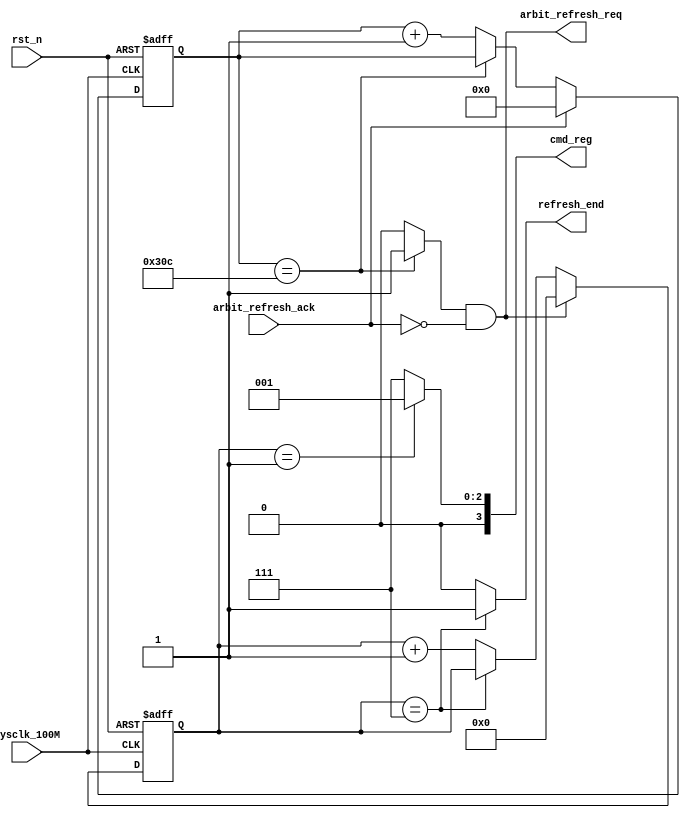
// ====================================================
// 
// designer:        yang shjiang
// description:     sdram refresh module
// 
// ====================================================


module SDRAM_refresh (
    // system signal 
    input                       sysclk_100M         ,        // note: ~sdram_clk
    input                       rst_n               ,
    // sdram
    output          [ 3:0]      cmd_reg             ,
    // arbit
    input                       arbit_refresh_ack   ,
    output                      arbit_refresh_req   ,
    output                      refresh_end      
);

// ===================================================\
// *********** define params and signals **********
// ===================================================/
localparam          CNT_7800ns  =   780         ;
localparam          CNT_70ns    =   7           ;

localparam              NOP         =   4'b0111 ;
localparam              REFRESH     =   4'b0001 ;


reg     [12:0]      cnt_refresh                 ;
reg     [ 3:0]      cnt_cmd                     ;
wire                time2refresh                ;

// ===================================================\
// ****************** main code *******************
// ===================================================/

// cnt_refresh
always @(posedge sysclk_100M or negedge rst_n) begin
    if (rst_n == 1'b0)
        cnt_refresh <= 13'd0;
    else if (arbit_refresh_ack == 1'b1)
        cnt_refresh <= 13'd0;
    else if (cnt_refresh == CNT_7800ns)
        cnt_refresh <= cnt_refresh;
    else
        cnt_refresh <= cnt_refresh + 13'd1;
end

// arbit_refresh_req
assign time2refresh         = (cnt_refresh == CNT_7800ns) ? 1'b1 : 1'b0;
assign arbit_refresh_req    = time2refresh & (~arbit_refresh_ack);

// cnt_cmd
always @(posedge sysclk_100M or negedge rst_n) begin
    if (rst_n == 1'b0)
        cnt_cmd <= 4'd0;
    else if (arbit_refresh_req == 1'b1)
        cnt_cmd <= 4'd0;
    else if (cnt_cmd == CNT_70ns)
        cnt_cmd <= cnt_cmd;
    else
        cnt_cmd <= cnt_cmd + 4'd1;
end

// cmd_reg
assign cmd_reg = (cnt_cmd == 4'd1) ? REFRESH : NOP;

// refresh_end
assign refresh_end = (cnt_cmd == 4'd7) ? 1'b1 : 1'b0;

endmodule